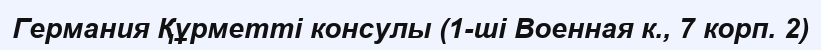
Германия Құрметті консулы (1-ші Военная к., 7 корп. 2)